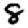
Digit: 8